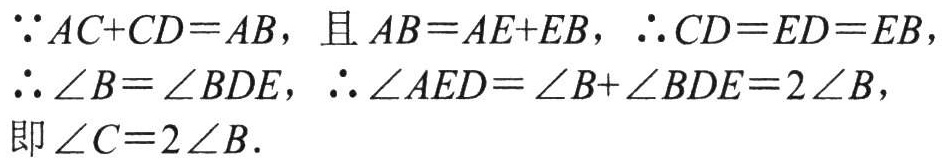
\(\because AC + CD = AB\)，且 \(AB = AE + EB\)，\(\therefore CD = ED = EB\)，

\(\therefore \angle B = \angle BDE\)，\(\therefore \angle AED = \angle B + \angle BDE = 2\angle B\)，

即\(\angle C = 2\angle B\).